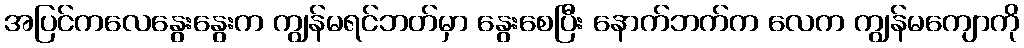
အပြင်ကလေနွေးနွေးက ကျွန်မရင်ဘတ်မှာ နွေးစေပြီး နောက်ဘက်က လေက ကျွန်မကျောကို